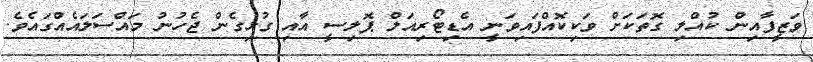
ވަޒީފާއިން ކުއްލި ގޮތަކަށް ވަކިކޮއްފައިވަނީ އެޑިޓޯރިއަލް ޕޮލިސީ އާއި ގުޅިގެން ޖެހުނު މައްސަލައެއްގައެވެ.